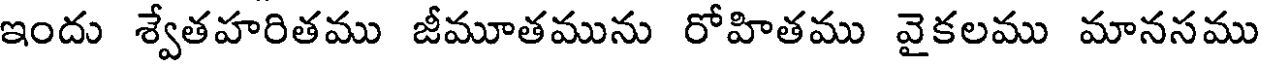
ఇందు శ్వేతహరితము జీమూతమును రోహితము వైకలము మానసము